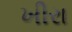
ખીરા